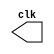
// -----------------------------------
// -- Pedro Henrique Lima Pinheiro ---
// -- 451605 -------------------------
// -- Clock --------------------------
// -----------------------------------

module clock(clk);
	output clk;
	reg clk;
	
	initial begin
		clk = 1'b0;
	end
	
	always
		begin
			#5 clk = ~clk;
		end
endmodule